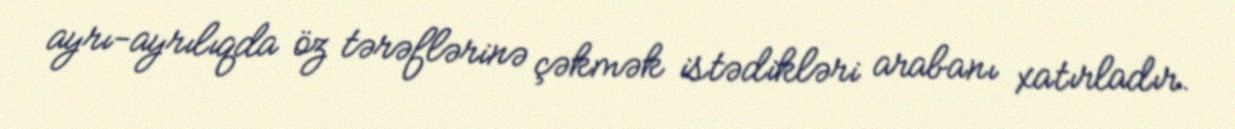
ayrı-ayrılıqda öz tərəflərinə çəkmək istədikləri arabanı xatırladır.